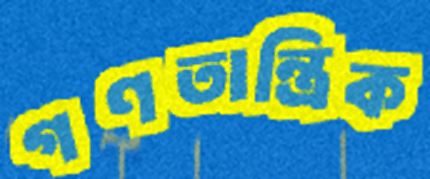
গণতান্ত্রিক